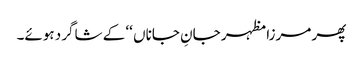
پھر مرزا مظہر جانِ جاناں ‘‘ کے شاگرد ہوئے۔